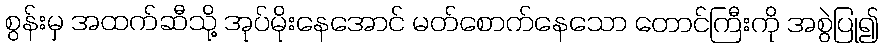
စွန်းမှ အထက်ဆီသို့ အုပ်မိုးနေအောင် မတ်စောက်နေသော တောင်ကြီးကို အစွဲပြု၍